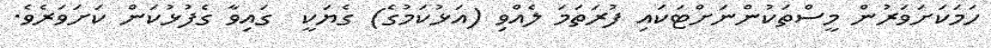
ހަމަކަށަވަރުން މީސްތަކުންނަށްޓަކައި ފުރަތަމަ ލެއްވި (އަޅުކަމުގެ) ގެޔަކީ  ގައިވާ ގެފުޅުކަން ކަށަވަރެވެ.